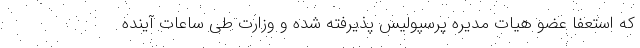
که استعفا عضو هیات مدیره پرسپولیس پذیرفته شده و وزارت طی ساعات آینده